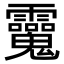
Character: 𩵂